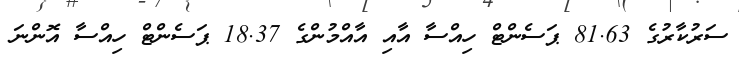
ސަރުކާރުގެ 81.63 ޕަސެންޓް ހިއްސާ އާއި އާއްމުންގެ 18.37 ޕަސެންޓް ހިއްސާ އޮންނަ